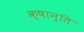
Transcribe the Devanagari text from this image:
क्षान्ति